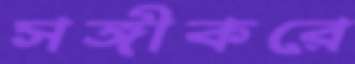
সঙ্গীকরে